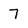
Character: 7